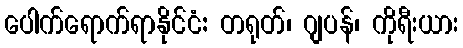
ပေါက်ရောက်ရာနိုင်ငံ: တရုတ်၊ ဂျပန်၊ ကိုရီးယား